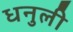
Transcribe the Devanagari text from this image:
धनुली